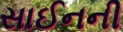
સાઈનની